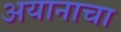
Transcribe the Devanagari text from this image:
अयानाचा